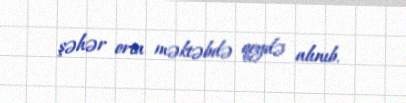
şəhər orta məktəbdə qeydə alınıb.